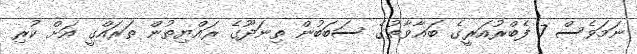
ނަމަވެސް 7 ފެބްރުއަރީގެ ބަޣާވާތުގެ ސަބަބުން ތިނަދޫގެ ރައްޔިތުން ތަރައްގީ އަށް ކުރި